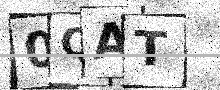
Text: 0QAT